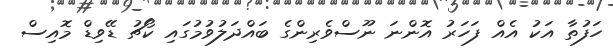
ހަފުތާ އަކު އެއް ފަހަރު އޮންނަ ނޫސްވެރިންގެ ބައްދަލުވުމުގައި ކޯޗު ޑޭވިޑް މޮއިސް